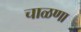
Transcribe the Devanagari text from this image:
चाळणा